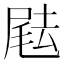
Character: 𡲨